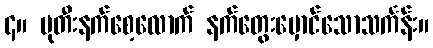
၄။ ပုတီးနက်စေ့လောက် နက်တွေးမှောင်သောသင်္ကန်း။